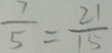
\frac { 7 } { 5 } = \frac { 2 1 } { 1 5 }